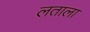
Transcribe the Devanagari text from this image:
लताला